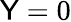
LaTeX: \mathsf{Y}=0